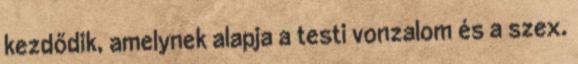
kezdődik, amelynek alapja a testi vonzalom és a szex.